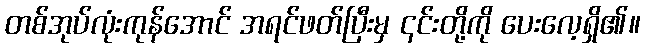
တစ်အုပ်လုံးကုန်အောင် အရင်ဖတ်ပြီးမှ ၎င်းတို့ကို ပေးလေ့ရှိ၏။